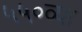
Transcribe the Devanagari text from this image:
५५०व्या